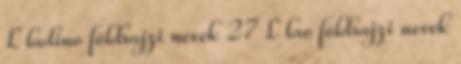
L ladino földrajzi nevek‎ 27 L lao földrajzi nevek‎